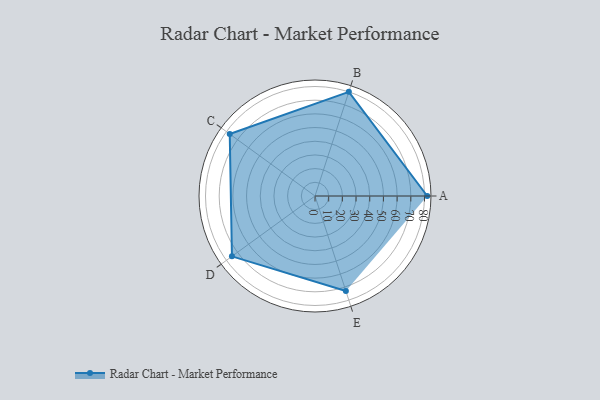
{"axis": {"x": "Skill", "y": "Score"}, "legend": ["Profile"], "data": [{"x": "A", "y": 82.0, "type": "Profile"}, {"x": "B", "y": 80.0, "type": "Profile"}, {"x": "C", "y": 77.0, "type": "Profile"}, {"x": "D", "y": 75.0, "type": "Profile"}, {"x": "E", "y": 73.0, "type": "Profile"}]}